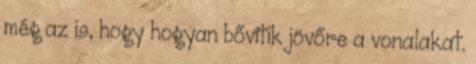
még az is, hogy hogyan bővítik jövőre a vonalakat.